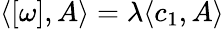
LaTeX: \langle[\omega],A\rangle=\lambda\langle c_{1},A\rangle